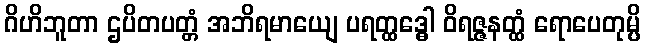
ဂိဟိဘူတာ ဌပိတပတ္တံ အဘိရမာယျေ ပရတ္ထဒ္ဓေါ ဝိရဇ္ဇနတ္ထံ ရောပေတုမ္ပိ